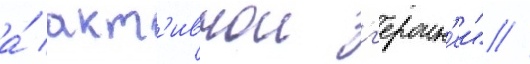
а́ акт'ивнои г'ероин'еи" //